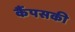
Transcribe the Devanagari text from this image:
कैंपसकी